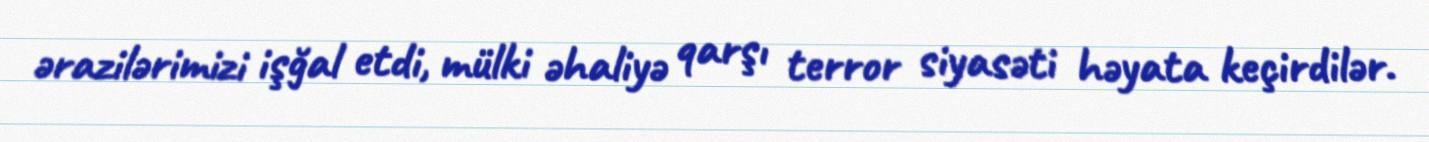
ərazilərimizi işğal etdi, mülki əhaliyə qarşı terror siyasəti həyata keçirdilər.